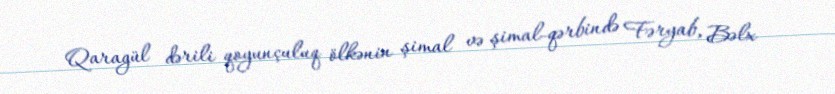
Qaragül dərili qoyunçuluq ölkənin şimal və şimal-qərbində Fəryab, Bəlx